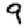
Digit: 9